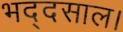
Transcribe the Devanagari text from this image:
भद्दसाल।